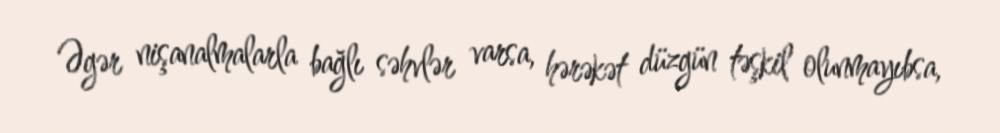
Əgər nişanalmalarla bağlı səhvlər varsa, hərəkət düzgün təşkil olunmayıbsa,